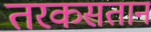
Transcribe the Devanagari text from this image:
तरकसतान